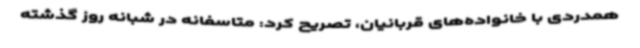
همدردی با خانواده‌های قربانیان، تصریح کرد: متاسفانه در شبانه روز گذشته